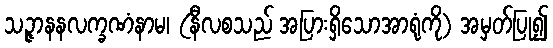
သဉ္ဇာနနလက္ခဏံနာမ၊ (နီလစသည် အပြားရှိသောအာရုံကို) အမှတ်ပြု၍